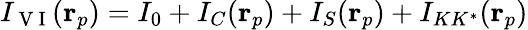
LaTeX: I_{\mathrm{~V~I~}}(\mathbf{r}_{p})=I_{0}+I_{C}(\mathbf{r}_{p})+I_{S}(\mathbf{r}_{p})+I_{KK^{*}}(\mathbf{r}_{p})